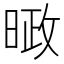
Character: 𪰱